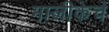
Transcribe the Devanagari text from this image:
मालीकेचे